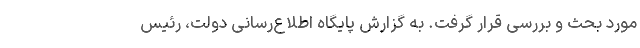
مورد بحث و بررسی قرار گرفت. به گزارش پایگاه اطلاع‌رسانی دولت، رئیس